Maali_päevik, lk 263
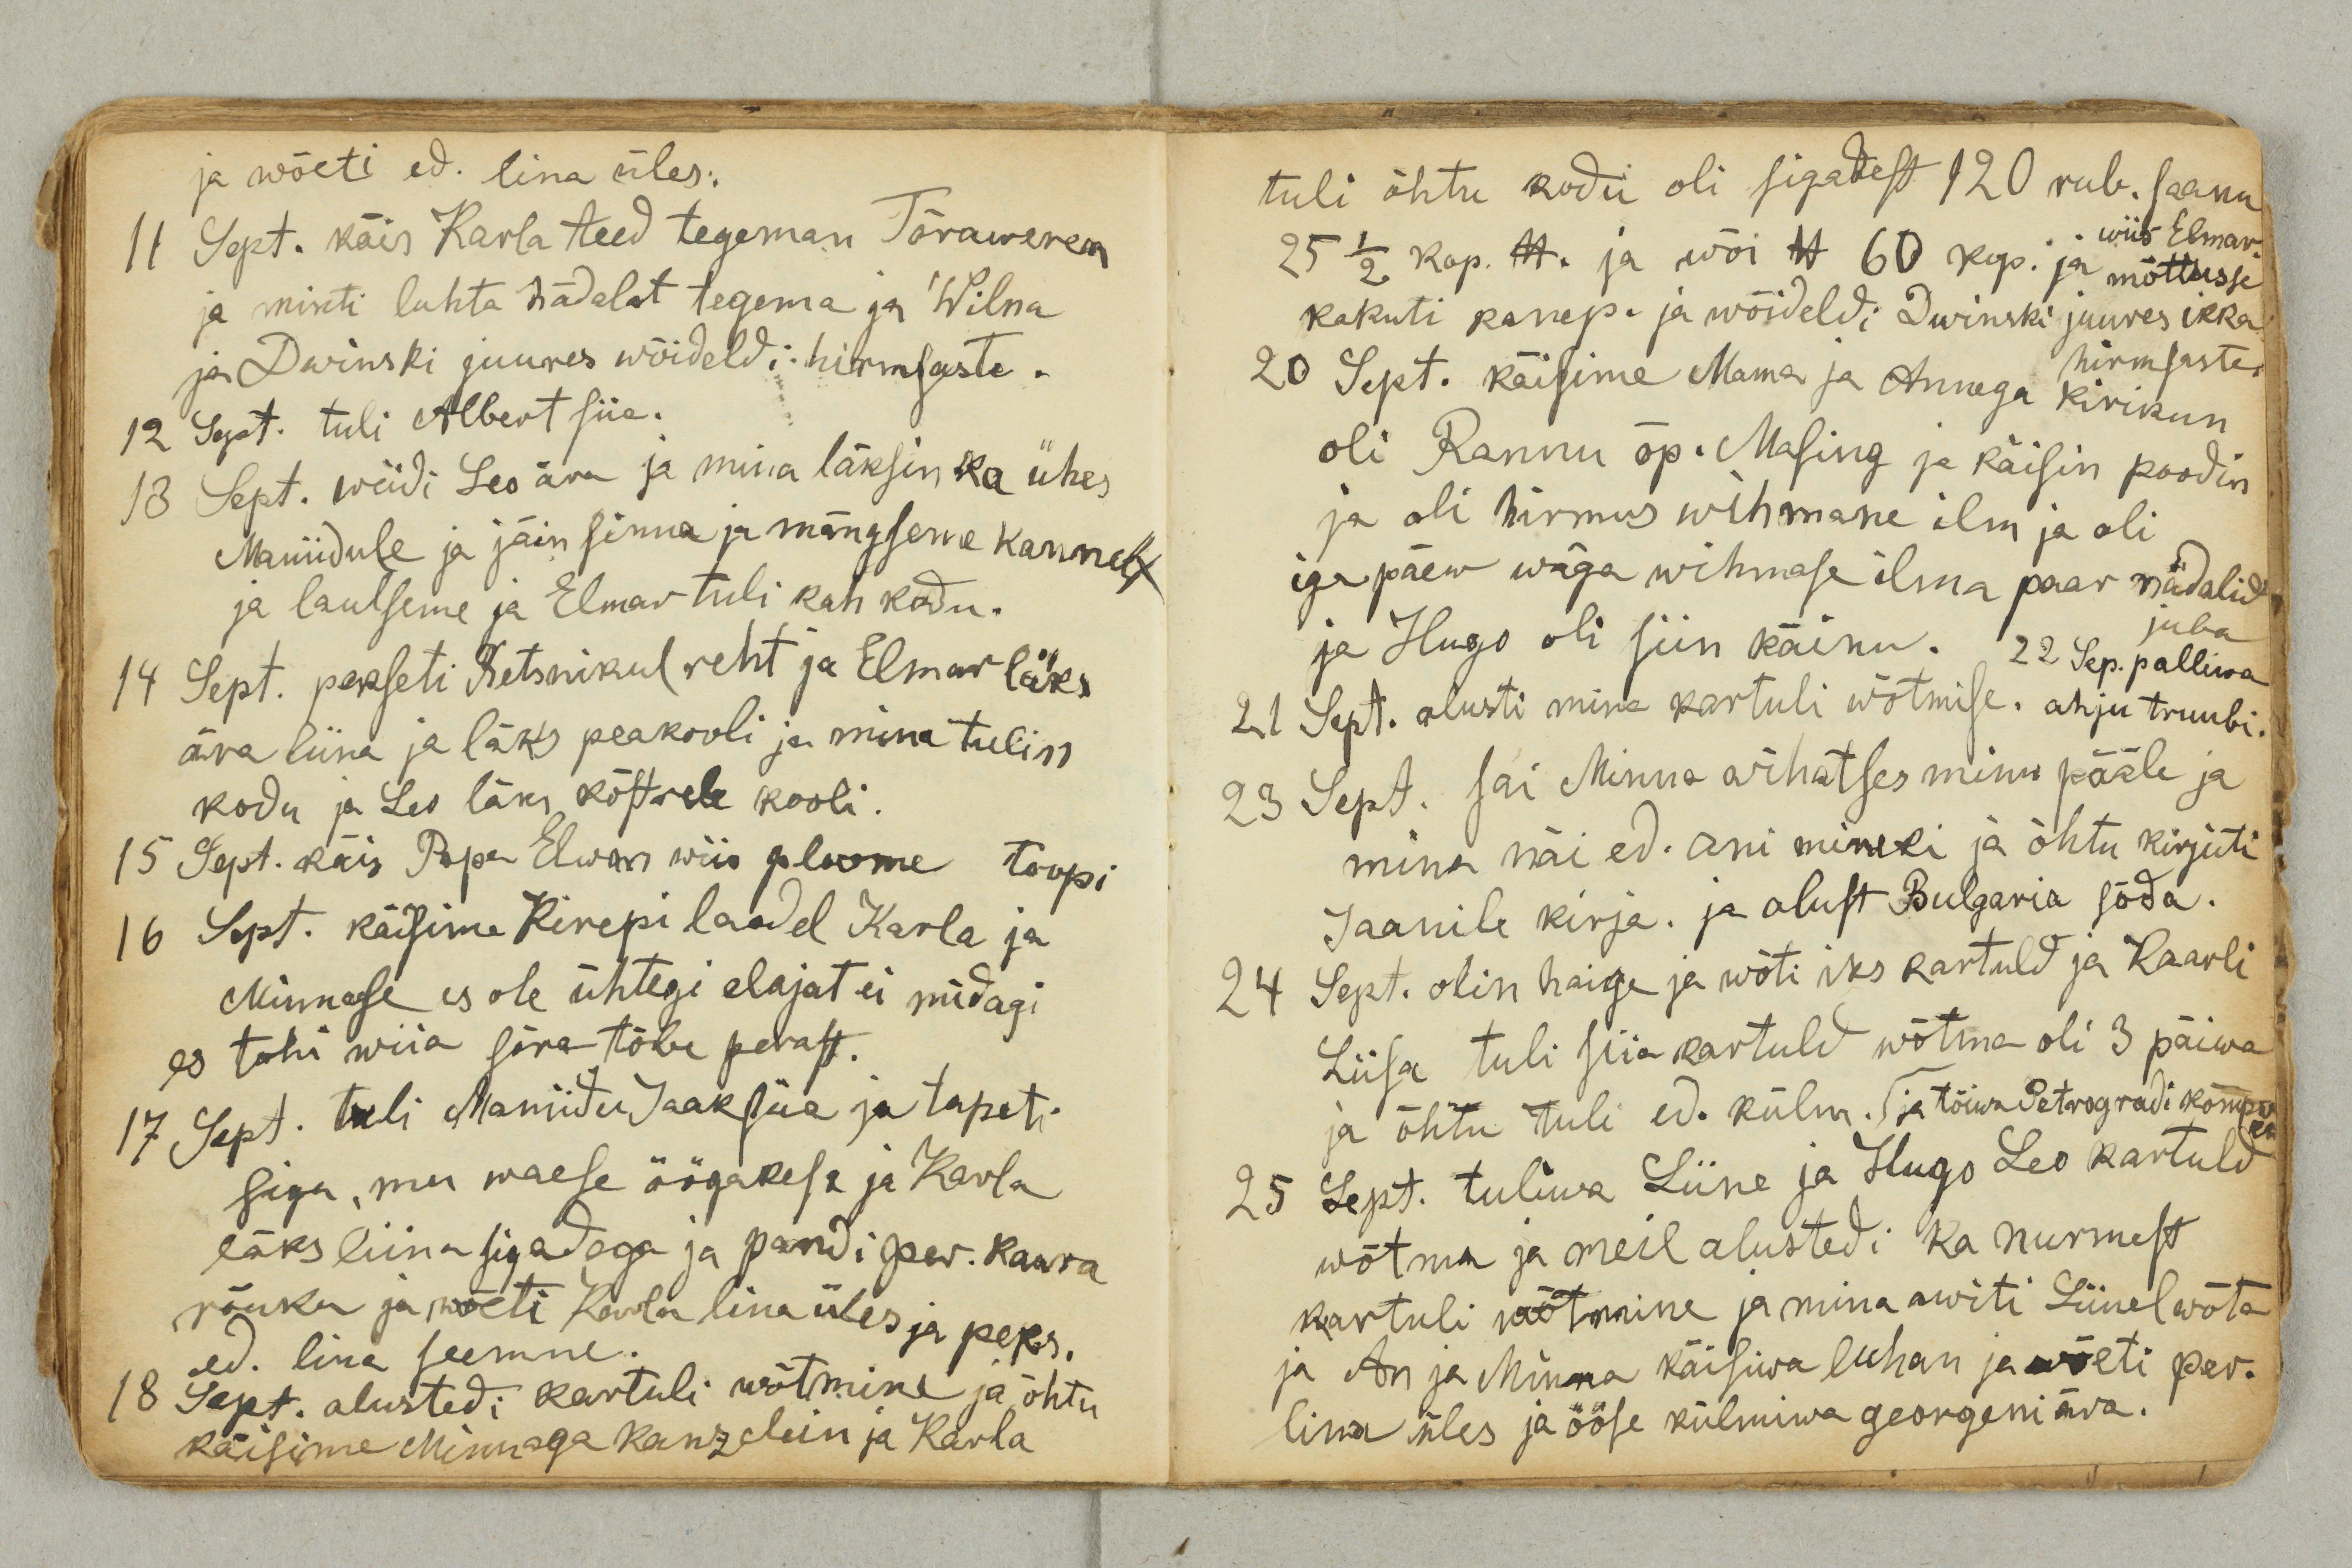
ja wõeti ed. lina üles.
11 Sept. käis Karla teed tegeman Tõraweren
ja minti luhta hädalat tegema ja Wilma
ja Dwinski juures wõideldi hirmsaste.
12 Sept. tuli Albert siia.
13 Sept. wiidi Leo ära ja mina läksin ka ühes
Maniidule ja jäin sinna ja mängseme kannelt
ja laulseme ja Elmar tuli kah kodu.
14 Sept. pekseti Retsnikul reht ja Elmar läks
ära liina ja läks peakooli ja mina tulin
kodu ja Leo läks köstrele kooli.
15 Sept. käis Papa Elwan wiis ploome toopi
16 Sept. käisime Kirepi laadel Karla ja
Minnase es ole ühtegi elajat ei midagi
es tohi wiia sõra tõbe perast.
17 Sept. tuli Maniidu Jaak siia ja tapeti
siga, mu waese öögakese ja Karla
läks liina sigadega ja pandi per. kaara
rõuku ja wõeti Karla lina üles ja peks.
ed. lina seemne.
18 Sept. alustedi kartuli wõtmine ja õhtu
käisime Minnaga kanzelein ja Karla

tuli õhtu kodu oli sigadest 120 rub. saanu
wiis Elmar.
25 ½ kop. lb ja wõi lb 60 kop. ja mõttusse
kakuti kanep. ja wõideldi Dwinski juures ikka
hirmsaste.
20 Sept. käisime Mama ja Annega kirikun
oli Rannu õp. Masing ja käisin poodin
ja oli hirmus wihmane ilm ja oli
iga päew wäga wihmase ilma paar nädalid
juba
ja Hugo oli siin käinu.
22 Sept. palliwa
21 Sept. alusti mina kartuli wõtmise. ahju truubi.
23 Sept. sai Minna wihatses minu pääle ja
mina näi ed. ani mineki ja õhtu kirjuti
Jaanile kirja. ja alust Bulgaaria sõda.
24 Sept. olin haige ja wõti iks kartuld ja Kaarli
Liisa tuli siia kartuld wõtma oli 3 päiwa
ja õhtu tuli ed. külm. ja tõiwa Petrogradi kommp
25 Sept. tuliwa Liine ja Hugo Leo kartuld
wõtma ja meil alustedi ka nurmest
kartuli wõtmine ja mina awiti Liinel wõta
ja An ja Minna käisiwa luhan ja wõeti per.
lina üles ja ööse külmiwa georgeni ära.